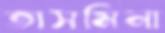
তাসমিনা